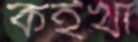
কইখা